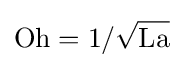
\mathrm {Oh} =1/{\sqrt {\mathrm {La} }}